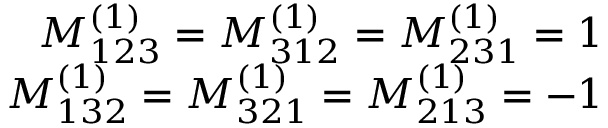
\begin{array} { r } { M _ { 1 2 3 } ^ { ( 1 ) } = M _ { 3 1 2 } ^ { ( 1 ) } = M _ { 2 3 1 } ^ { ( 1 ) } = 1 } \\ { M _ { 1 3 2 } ^ { ( 1 ) } = M _ { 3 2 1 } ^ { ( 1 ) } = M _ { 2 1 3 } ^ { ( 1 ) } = - 1 } \end{array}